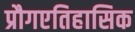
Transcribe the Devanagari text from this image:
प्रौगएतिहासिक